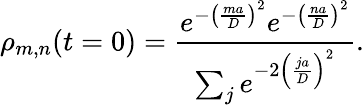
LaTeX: \rho_{m,n}(t=0)=\frac{e^{-\left(\frac{ma}{D}\right)^{2}}e^{-\left(\frac{na}{D}\right)^{2}}}{\sum_{j}e^{-2\left(\frac{ja}{D}\right)^{2}}}.